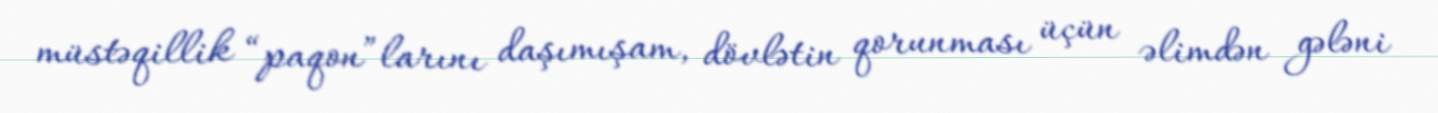
müstəqillik “paqon”larını daşımışam, dövlətin qorunması üçün əlimdən gələni